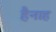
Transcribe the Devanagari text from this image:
हैनाह